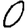
Digit: 0